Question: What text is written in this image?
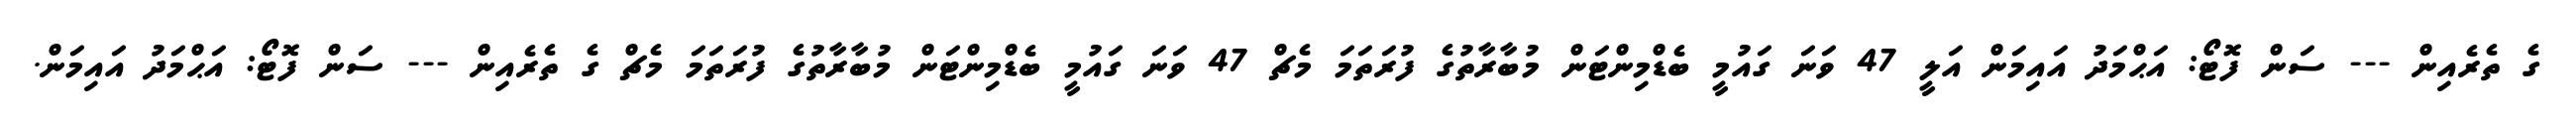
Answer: ގެ ތެރެއިން --- ސަން ފޮޓޯ: އަޙްމަދު އައިމަން އަލީ 47 ވަނަ ގައުމީ ބެޑްމިންޓަން މުބާރާތުގެ ފުރަތަމަ މެޗް 47 ވަނަ ގައުމީ ބެޑްމިންޓަން މުބާރާތުގެ ފުރަތަމަ މެޗް ގެ ތެރެއިން --- ސަން ފޮޓޯ: އަޙްމަދު އައިމަން.